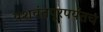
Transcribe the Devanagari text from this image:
यशवंतपूरपर्यंतच